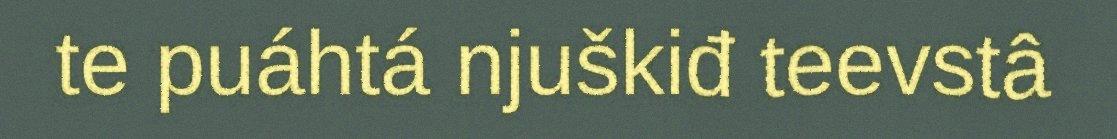
te puáhtá njuškiđ teevstâ